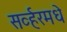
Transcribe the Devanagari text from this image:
सर्व्हरमधे